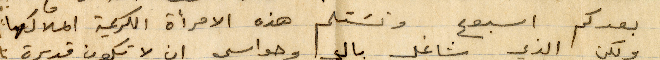
بعدكم أسبوع ونستلم هذه الامرأة الكريمة املاكها